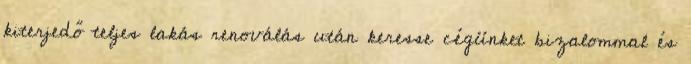
kiterjedő teljes lakás renoválás után keresse cégünket bizalommal és